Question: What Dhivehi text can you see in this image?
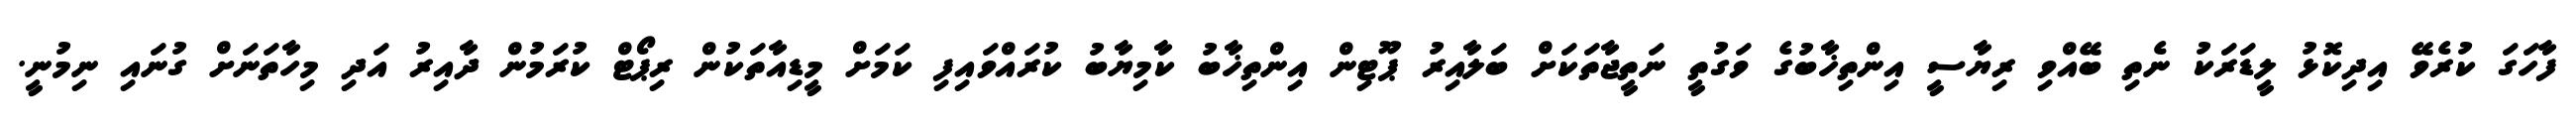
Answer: ފާހަގަ ކުރެވޭ އިދިކޮޅު ލީޑަރަކު ނެތި ބޭއްވި ރިޔާސީ އިންތިޚާބުގެ ވަގުތީ ނަތީޖާތަކަށް ބަލާއިރު ޕޫޓިން އިންތިޚާބު ކާމިޔާބު ކުރައްވައިފި ކަމަށް މީޑިއާތަކުން ރިޕޯޓް ކުރަމުން ދާއިރު އަދި މިހާތަނަށް ގުނައި ނިމުނީ.